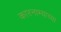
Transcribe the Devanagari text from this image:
कारनाम्याच्या